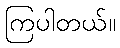
ကြပါတယ်။